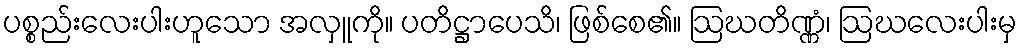
ပစ္စည်းလေးပါးဟူသော အလှူကို။ ပတိဋ္ဌာပေသိ၊ ဖြစ်စေ၏။ ဩဃတိဏ္ဏံ၊ ဩဃလေးပါးမှ